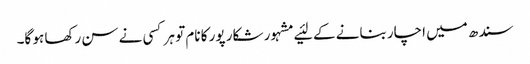
سندھ میں‌ اچار بنانے کے لئیے مشہور شکار پور کا نام تو ہر کسی نے سن رکھا ہو گا۔